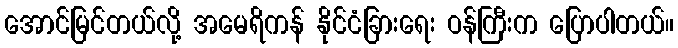
အောင်မြင်တယ်လို့ အမေရိကန် နိုင်ငံခြားရေး ဝန်ကြီးက ပြောပါတယ်။